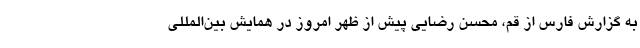
به گزارش فارس از قم، محسن رضایی پیش از ظهر امروز در همایش بین‌المللی